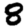
Digit: 8